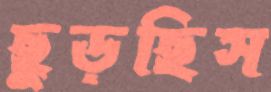
ছুড়ছিস